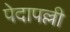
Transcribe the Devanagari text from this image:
पेदापल्ली